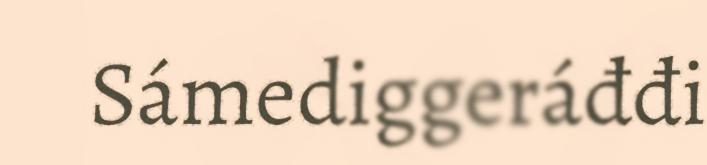
Sámediggeráđđi